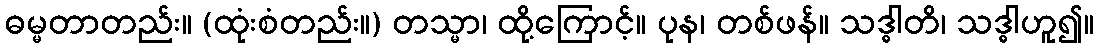
ဓမ္မတာတည်း။ (ထုံးစံတည်း။) တသ္မာ၊ ထို့ကြောင့်။ ပုန၊ တစ်ဖန်။ သဒ္ဓါတိ၊ သဒ္ဓါဟူ၍။